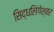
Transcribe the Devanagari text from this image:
सिद्धलिंगेश्वर